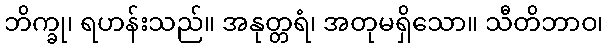
ဘိက္ခု၊ ရဟန်းသည်။ အနုတ္တရံ၊ အတုမရှိသော။ သီတိဘာဝ၊